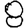
Digit: 8